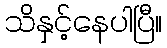
သိနှင့်နေပါပြီ။